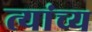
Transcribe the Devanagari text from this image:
त्यांच्य